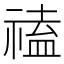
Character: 𥛐